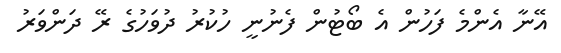
އޭނާ އެންމެ ފަހުން އެ ބޯޓުން ފެނުނީ ހުކުރު ދުވަހުގެ ރޭ ދަންވަރު